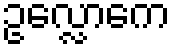
ဥလ္လောကေ